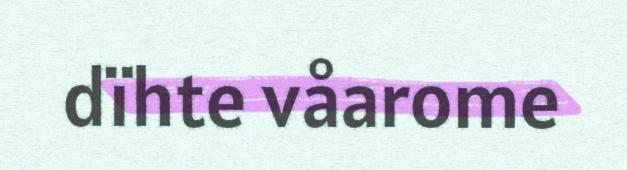
dïhte våarome